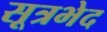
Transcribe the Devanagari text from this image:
सूत्रभेद